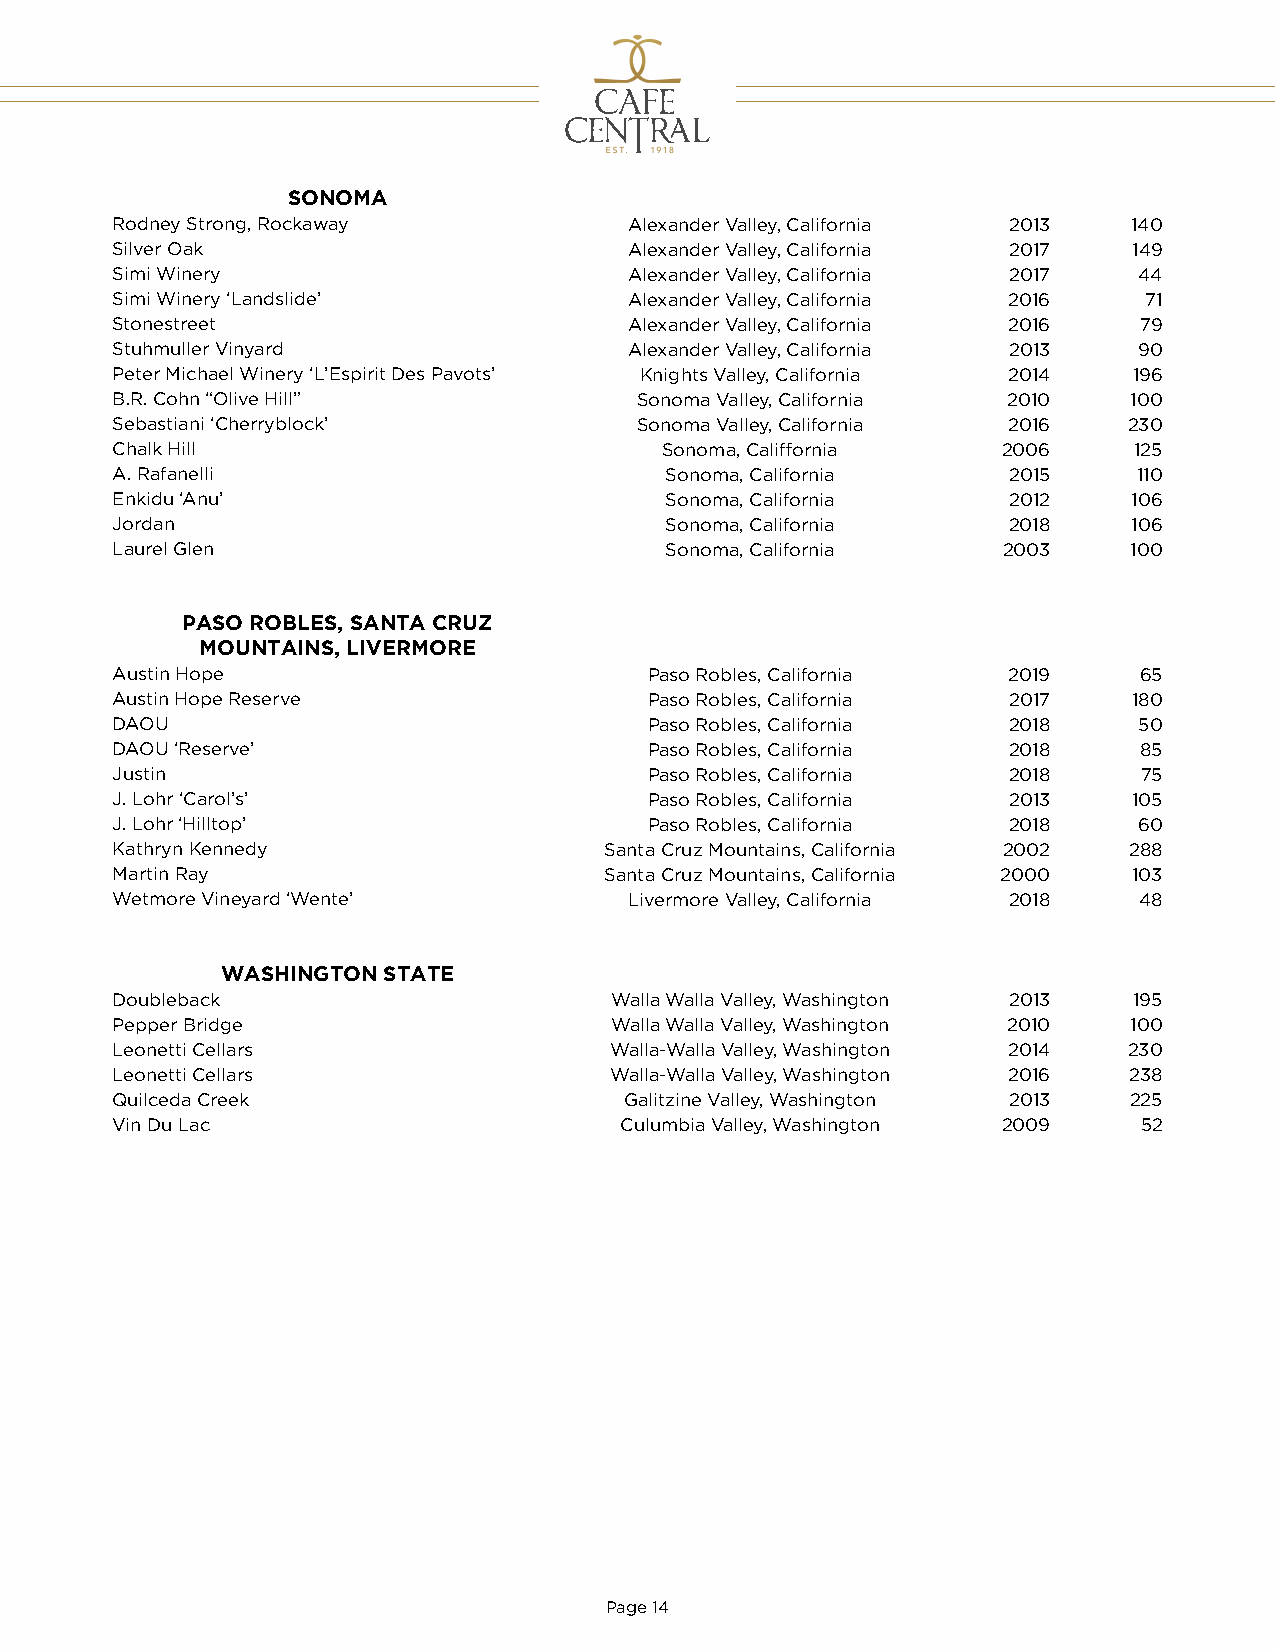
SONOMA
 Rodney Strong, Rockaway            Alexander Valley, California 2013 140
 Silver Oak                         Alexander Valley, California 2017 149
 Simi Winery                        Alexander Valley, California 2017 44
 Simi Winery ‘Landslide’            Alexander Valley, California 2016 71
 Stonestreet                        Alexander Valley, California 2016 79
 Stuhmuller Vinyard                 Alexander Valley, California 2013 90
 Peter Michael Winery ‘L’Espirit Des Pavots’ Knights Valley, California 2014 196
 B.R. Cohn “Olive Hill”             Sonoma Valley, California 2010   100
 Sebastiani ‘Cherryblock’           Sonoma Valley, California 2016   230
 Chalk Hill                           Sonoma, Califfornia   2006     125
 A. Rafanelli                         Sonoma, California     2015    110
 Enkidu ‘Anu’                         Sonoma, California     2012    106
 Jordan                               Sonoma, California     2018    106
 Laurel Glen                          Sonoma, California    2003     100
 PASO ROBLES, SANTA CRUZ
 MOUNTAINS, LIVERMORE
 Austin Hope                         Paso Robles, California 2019    65
 Austin Hope Reserve                 Paso Robles, California 2017    180
 DAOU                                Paso Robles, California 2018    50
 DAOU ‘Reserve’                      Paso Robles, California 2018    85
 Justin                              Paso Robles, California 2018     75
 J. Lohr ‘Carol’s’                   Paso Robles, California 2013    105
 J. Lohr ‘Hilltop’                   Paso Robles, California 2018    60
 Kathryn Kennedy                  Santa Cruz Mountains, California 2002 288
 Martin Ray                       Santa Cruz Mountains, California 2000 103
 Wetmore Vineyard ‘Wente’           Livermore Valley, California 2018 48
 WASHINGTON STATE
 Doubleback                       Walla Walla Valley, Washington 2013 195
 Pepper Bridge                    Walla Walla Valley, Washington 2010 100
 Leonetti Cellars                 Walla-Walla Valley, Washington 2014 230
 Leonetti Cellars                 Walla-Walla Valley, Washington 2016 238
 Quilceda Creek                    Galitzine Valley, Washington 2013 225
 Vin Du Lac                        Culumbia Valley, Washington 2009   52
 Page 14